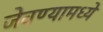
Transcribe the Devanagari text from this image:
जेवण्यामध्ये